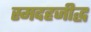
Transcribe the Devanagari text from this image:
स्मदहजीद्ध